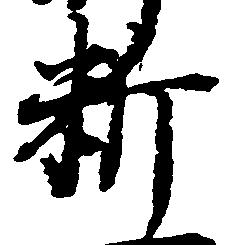
料